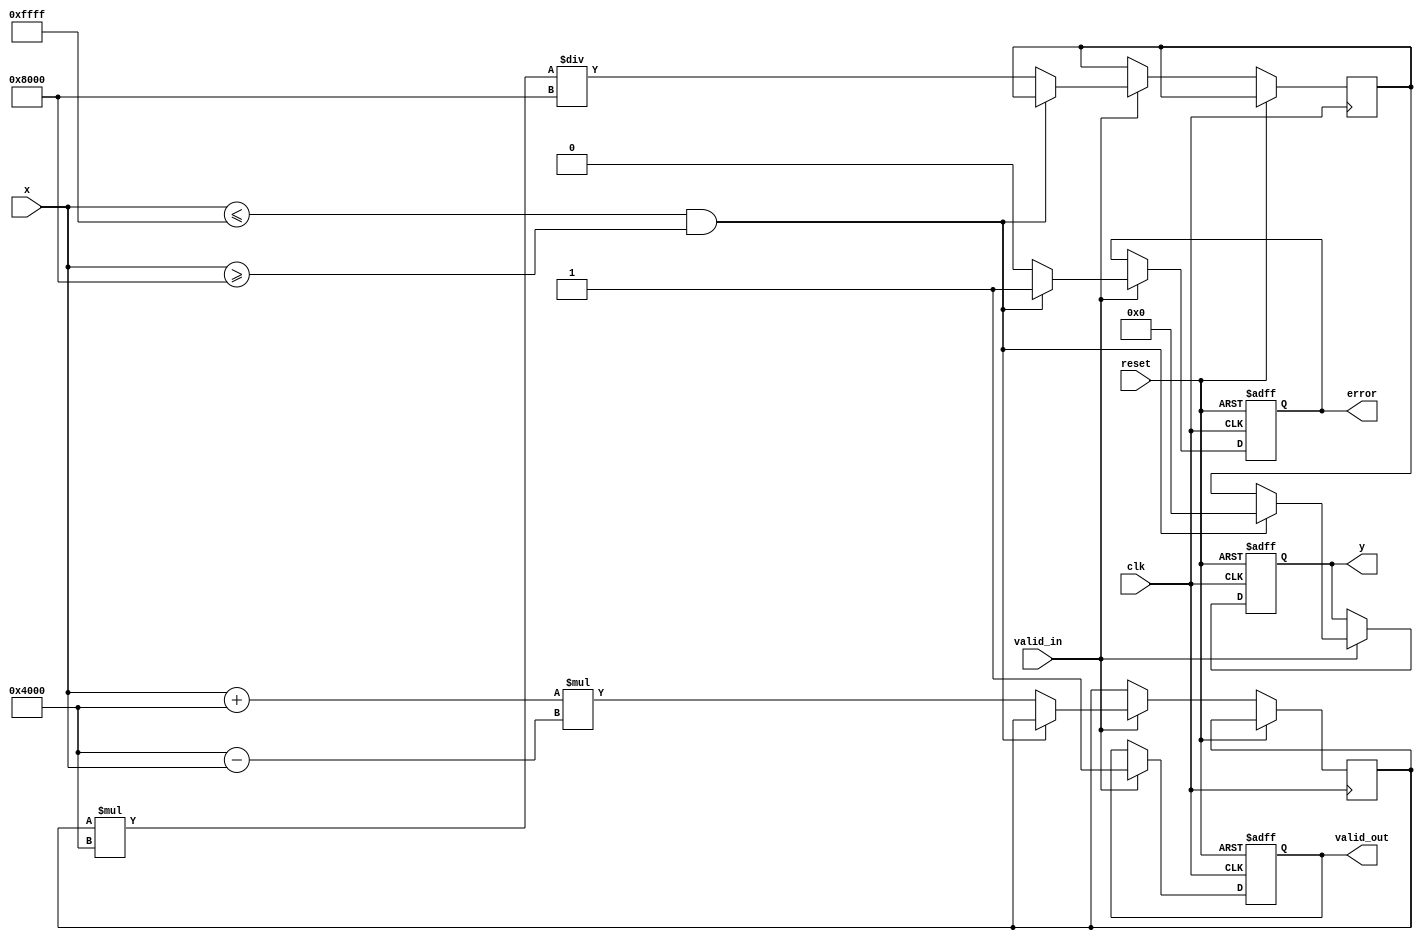
module atanh (
    input wire clk,
    input wire reset,
    input wire valid_in,
    input wire [15:0] x, // Fixed-point input (16 bits, 1 sign bit, 15 fractional bits)
    output reg [15:0] y, // Fixed-point output (16 bits)
    output reg valid_out,
    output reg error // Error signal for out-of-range inputs
);

    // Parameters for polynomial approximation (example coefficients)
    parameter [15:0] COEFF_1 = 16'h4000; // Example coefficient for x
    parameter [15:0] COEFF_2 = 16'h2000; // Example coefficient for x^2
    parameter [15:0] COEFF_3 = 16'h1C71; // Example coefficient for x^3

    // Internal signals
    reg [15:0] x_squared;
    reg [15:0] ln_term;
    reg [15:0] approx_atanh;

    // State machine for processing
    always @(posedge clk or posedge reset) begin
        if (reset) begin
            y <= 16'b0;
            valid_out <= 1'b0;
            error <= 1'b0;
        end else if (valid_in) begin
            // Range checking
            if (x <= 16'hFFFF && x >= 16'h8000) begin // Check if x is in (-1, 1)
                error <= 1'b1; // Out of range
                y <= 16'h0000; // Return NaN or predefined value
                valid_out <= 1'b1;
            end else begin
                error <= 1'b0; // Valid input

                // Compute x squared
                x_squared <= x * x;

                // Compute ln((1+x)/(1-x)) using polynomial approximation
                ln_term <= (x + 16'h4000) * (16'h4000 - x); // (1+x)/(1-x) approximation
                approx_atanh <= (ln_term * COEFF_1) / (16'h8000); // Example polynomial for ln

                // Final output calculation
                y <= approx_atanh; // Final approximation
                valid_out <= 1'b1;
            end
        end
    end
endmodule